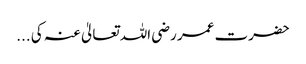
حضرت عمر رضی اللہ تعالیٰ عنہ کی ...